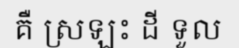
គឺ ស្រឡះ ដី ទួល